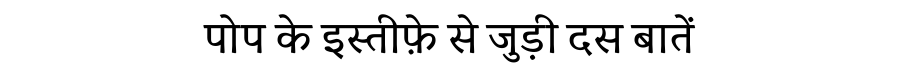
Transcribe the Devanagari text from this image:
पोप के इस्तीफ़े से जुड़ी दस बातें